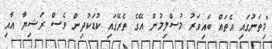
"މިތަނުގައި އެތައް ބައިވަރު މުސްލިމުން އޭގެ ތެރޭގައި ކުޑަކުދިން ވެސް ރަޝިޔާ އާއި